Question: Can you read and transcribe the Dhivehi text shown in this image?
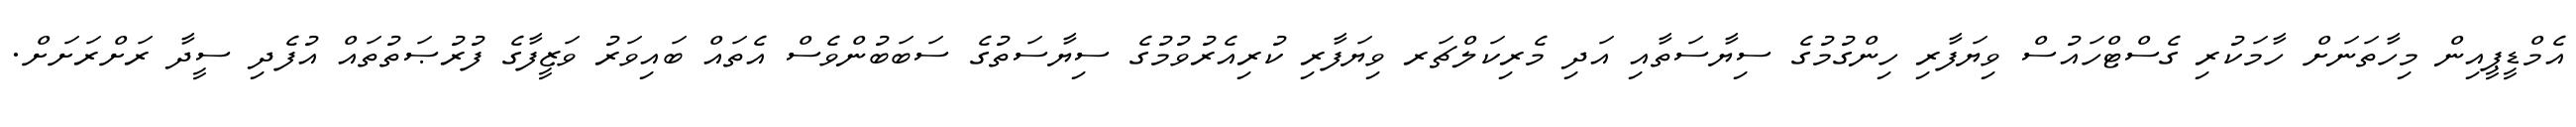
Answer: އެމްޑީޕީއިން މިހާތަނަށް ހާމަކުރި ގެސްޓްހައުސް ވިޔަފާރި ހިންގުމުގެ ސިޔާސަތާއި އަދި މެރިކަލްޗަރ ވިޔަފާރި ކުރިއެރުވުމުގެ ސިޔާސަތުގެ ސަބަބުންވެސް އެތައް ބައިވަރު ވަޒީފާގެ ފުރުޞަތުތައް އުފެދި ސީދާ ރަށްރަށަށް.